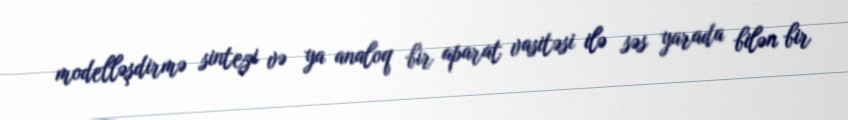
modelləşdirmə sintezi və ya analoq bir aparat vasitəsi ilə səs yarada bilən bir